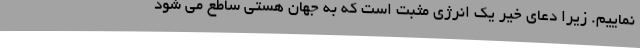
نماییم. زیرا دعای خیر یک انرژی مثبت است که به جهان هستی ساطع می شود